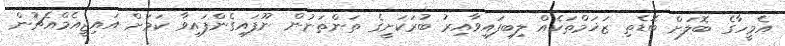
އެމީހާގެ ބޮލަށް ބޮޑެތި ޒަޚަމްތަކެއް ލިބިފައިވާއިރު ބުރަކަށީގެ ތަންތަނުން ނޫފައިގެންފައިވާ ކަމަށް އައިޖީއެމްއެޗުން